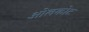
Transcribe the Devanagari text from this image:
ओलकोट